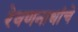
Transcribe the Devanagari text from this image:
रेवणनाथांचे